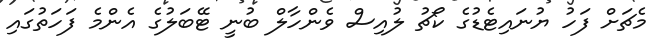
މެޗަށް ފަހު ޔުނައިޓެޑުގެ ކޯޗު ލުއިސް ވެންހާލް ބުނީ ޓޭބަލުގެ އެންމެ ފަހަތުގައި